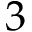
3